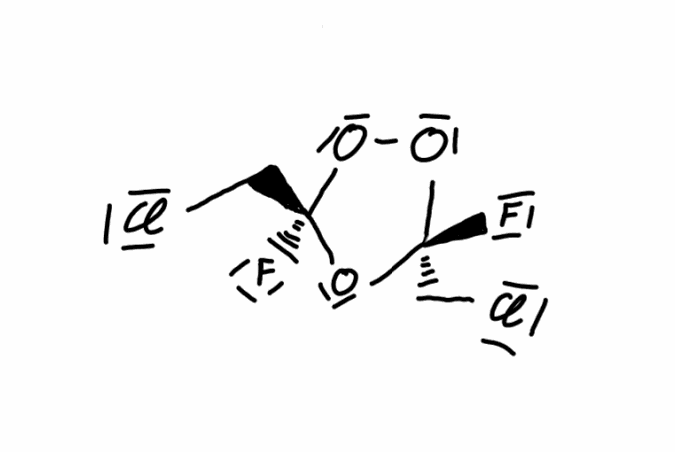
Simplified molecular-input line-entry system (SMILES) notation of the given molecule:
C([C@@]1(O[C@](OO1)(CCl)F)F)Cl